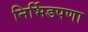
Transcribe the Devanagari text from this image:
निर्भिडपणा